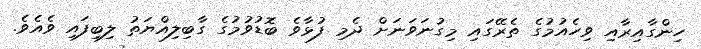
ހިންގާއިރާއި ވިހެއުމުގެ ތެރޭގައި މިގުނަވަނަށް ދެމި ފުޅާވެ ބޮޑުވުމުގެ ގާބިލިއްޔަތު ލިބިފައި ވެއެވެ.